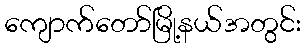
ကျောက်တော်မြို့နယ်အတွင်း